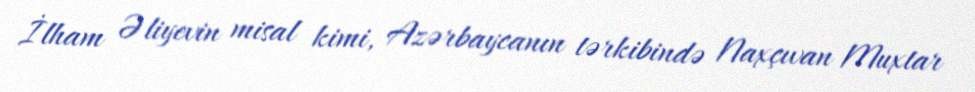
İlham Əliyevin misal kimi, Azərbaycanın tərkibində Naxçıvan Muxtar